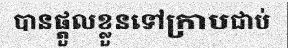
បានផ្តួលខ្លួនទៅក្រាបជាប់